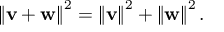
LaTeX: \left\| \mathbf { v } + \mathbf { w } \right\| ^ { 2 } = \left\| \mathbf { v } \right\| ^ { 2 } + \left\| \mathbf { w } \right\| ^ { 2 } .